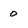
Character: 0